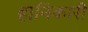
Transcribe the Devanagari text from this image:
हानिकारी